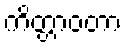
ကိတ္တာဝတာ